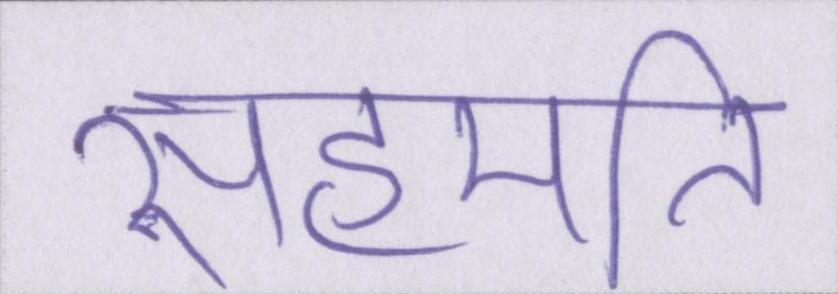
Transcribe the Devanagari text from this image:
सहमति